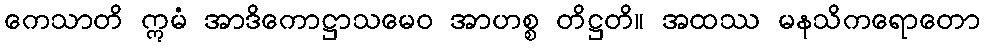
ကေသာတိ ဣမံ အာဒိကောဋ္ဌာသမေဝ အာဟစ္စ တိဋ္ဌတိ။ အထဿ မနသိကရောတော